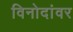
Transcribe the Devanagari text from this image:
विनोदांवर